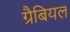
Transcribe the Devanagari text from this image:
ग्रैबियल